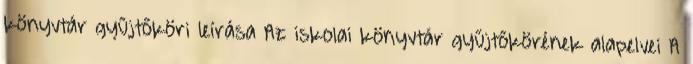
könyvtár gyűjtőköri leírása Az iskolai könyvtár gyűjtőkörének alapelvei A